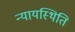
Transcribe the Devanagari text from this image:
न्यायस्थिति